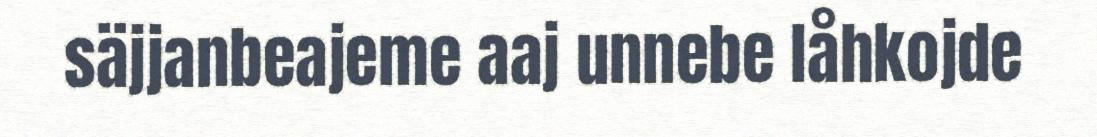
säjjanbeajeme aaj unnebe låhkojde